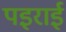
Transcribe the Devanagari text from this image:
पइराई